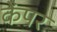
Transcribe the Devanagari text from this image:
केंपर